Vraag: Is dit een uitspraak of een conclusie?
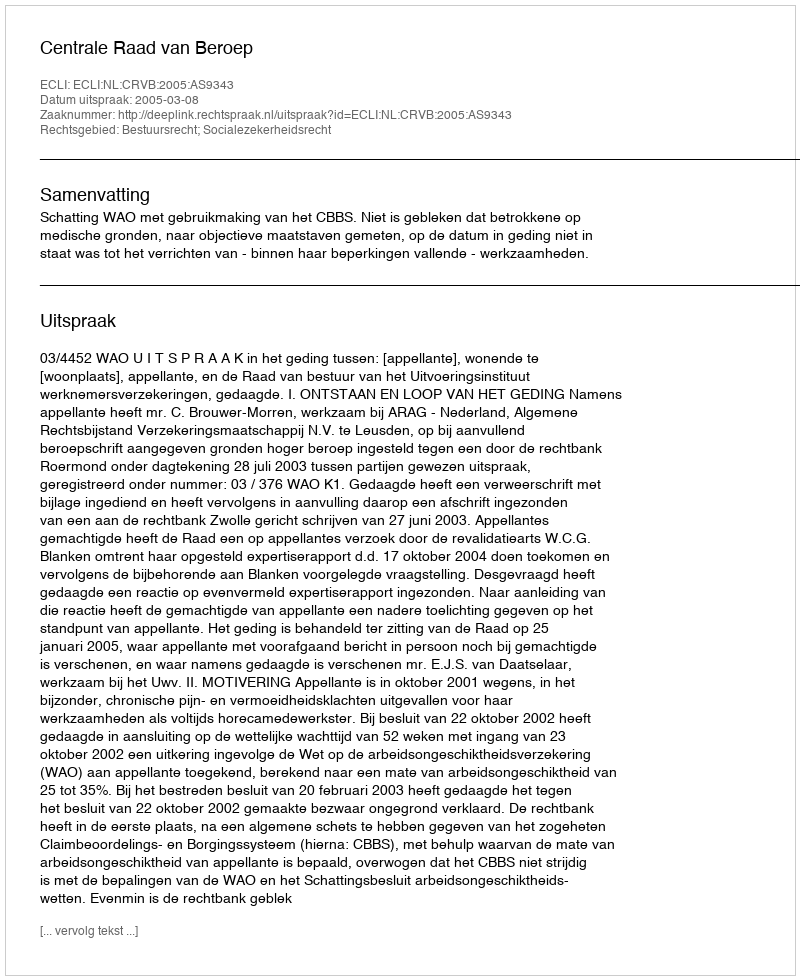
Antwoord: Uitspraak